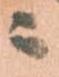
ニ